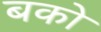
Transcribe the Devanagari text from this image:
बको